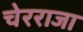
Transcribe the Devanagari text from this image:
चेरराजा